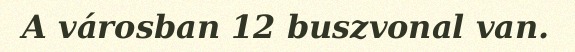
A városban 12 buszvonal van.